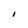
Character: I